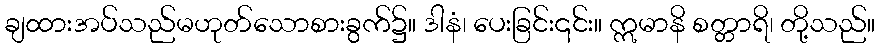
ချထားအပ်သည်မဟုတ်သောစားခွက်၌။ ဒါနံ၊ ပေးခြင်း၎င်း။ ဣမာနိ စတ္တာရိ၊ တို့သည်။